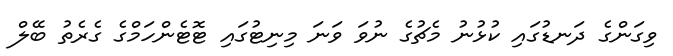
ވިގަންގެ ދަނޑުގައި ކުޅުނު މެޗުގެ ނުވަ ވަނަ މިނިޓުގައި ޓޮޓެންހަމްގެ ގެރެތު ބޭލް